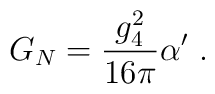
G_N = \frac{g_4^2}{16\pi}\alpha'\ .